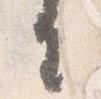
去